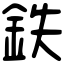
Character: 鉄